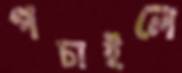
পচাইলে